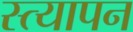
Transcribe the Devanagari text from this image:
स्त्यापन